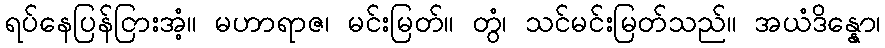
ရပ်နေပြန်ငြားအံ့။ မဟာရာဇ၊ မင်းမြတ်။ တွံ၊ သင်မင်းမြတ်သည်။ အယံဒိန္နော၊